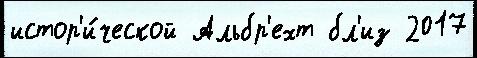
истор'и́ческой Альбр'ехт бл'из 2017